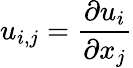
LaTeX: u_{i,j}=\frac{\partial u_{i}}{\partial x_{j}}